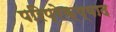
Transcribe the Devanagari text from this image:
परिप्रेक्ष्वाद